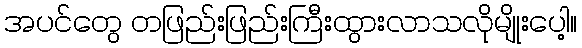
အပင်တွေ တဖြည်းဖြည်းကြီးထွားလာသလိုမျိုးပေါ့။